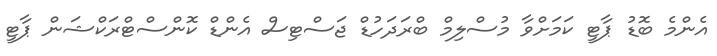
އެންމެ ބޮޑު ޕާޓީ ކަމަށްވާ މުސްލިމް ބްރަދަހުޑް ޖަސްޓިސް އެންޑް ކޮންސްޓްރަކްޝަން ޕާޓީ